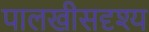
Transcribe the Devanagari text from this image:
पालखीसदृश्य